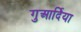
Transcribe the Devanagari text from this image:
गुआर्दिया